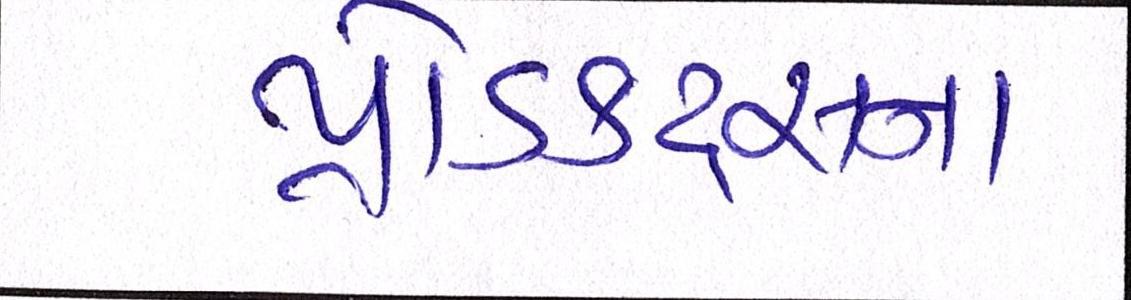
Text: પ્રોડક્ટ્સના